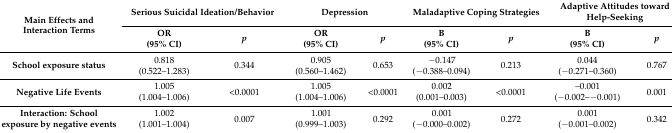
<table><thead><tr><td rowspan="2"><b>Main Effects and Interaction Terms</b></td><td colspan="2"><b>Serious Suicidal Ideation/Behavior</b></td><td colspan="2"><b>Depression</b></td><td colspan="2"><b>Maladaptive Coping Strategies</b></td><td colspan="2"><b>Adaptive Attitudes toward Help-Seeking</b></td></tr><tr><td><b>OR(95% CI)</b></td><td><b><i>p</i></b></td><td><b>OR(95% CI)</b></td><td><b><i>p</i></b></td><td><b>B(95% CI)</b></td><td><b><i>p</i></b></td><td><b>B(95% CI)</b></td><td><b><i>p</i></b></td></tr></thead><tbody><tr><td><b>School exposure status</b></td><td>0.818(0.522–1.283)</td><td>0.344</td><td>0.905(0.560–1.462)</td><td>0.653</td><td>−0.147(−0.388–0.094)</td><td>0.213</td><td>0.044(−0.271–0.360)</td><td>0.767</td></tr><tr><td><b>Negative Life Events</b></td><td>1.005(1.004–1.006)</td><td>&lt;0.0001</td><td>1.005(1.004–1.006)</td><td>&lt;0.0001</td><td>0.002(0.001–0.003)</td><td>&lt;0.0001</td><td>–0.001(−0.002–−0.001)</td><td>0.001</td></tr><tr><td><b>Interaction: School exposure by negative events</b></td><td>1.002(1.001–1.004)</td><td>0.007</td><td>1.001(0.999–1.003)</td><td>0.292</td><td>0.001(−0.000–0.002)</td><td>0.272</td><td>0.001(−0.001–0.002)</td><td>0.342</td></tr></tbody></table>